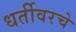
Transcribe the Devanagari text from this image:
धर्तीवरचे